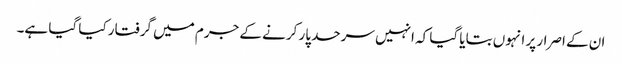
ان کے اصرار پر انہوں بتایا گیا کہ انہیں سرحد پار کرنے کے جرم میں گرفتار کیا گیا ہے۔